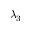
\lambda _ { 3 }